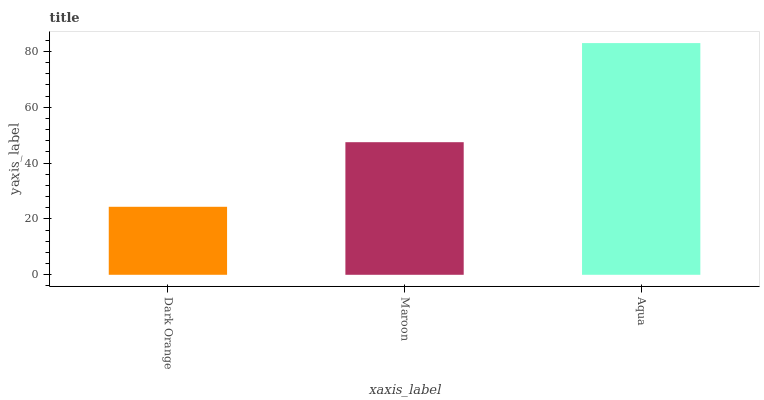
| xaxis_label | bars |
 | --- | --- |
 | Dark Orange | 24.3 |
 | Maroon | 47.5 |
 | Aqua | 83 |